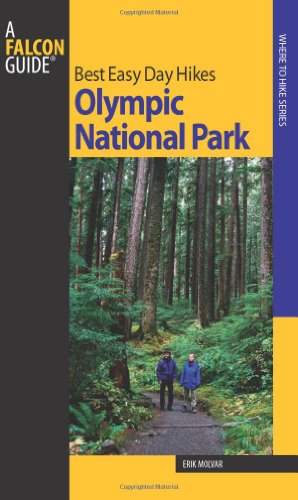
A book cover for Best Easy Day Hikes Olympic National Park, 2nd (Best Easy Day Hikes Series); Erik Molvar; Travel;